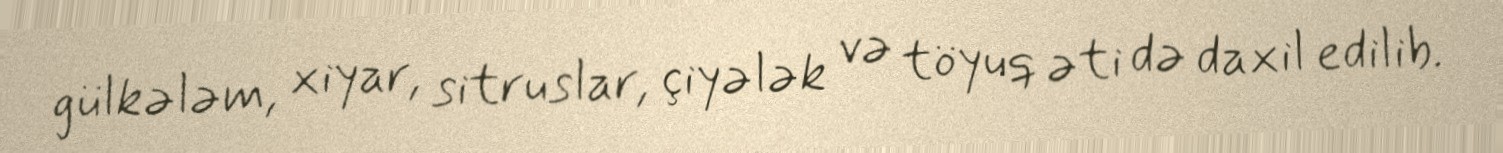
gülkələm, xiyar, sitruslar, çiyələk və töyuq əti də daxil edilib.